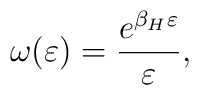
\omega(\varepsilon) = { {e^{\beta_H \varepsilon}} \over \varepsilon},